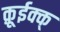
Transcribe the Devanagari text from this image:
क़ूईक्क्